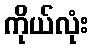
ကိုယ်လုံး